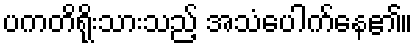
ပကတိရိုးသားသည့် အသံပေါက်နေ၏။